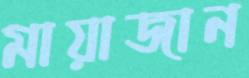
মায়াজান